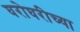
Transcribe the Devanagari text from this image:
घरोघरीच्या